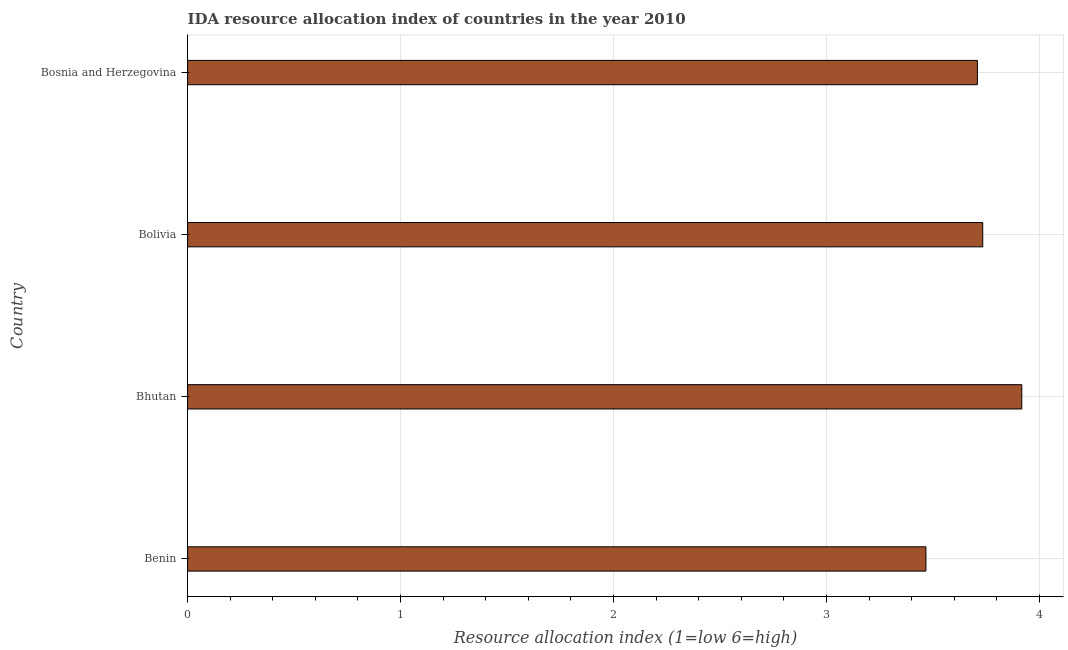
| Country | IDA resource allocation index |
 | --- | --- |
 | Benin | 3.47 |
 | Bhutan | 3.92 |
 | Bolivia | 3.73 |
 | Bosnia and Herzegovina | 3.71 |